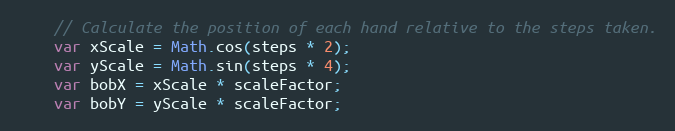
Language: JavaScript
    // Calculate the position of each hand relative to the steps taken.
    var xScale = Math.cos(steps * 2);
    var yScale = Math.sin(steps * 4);
    var bobX = xScale * scaleFactor;
    var bobY = yScale * scaleFactor;